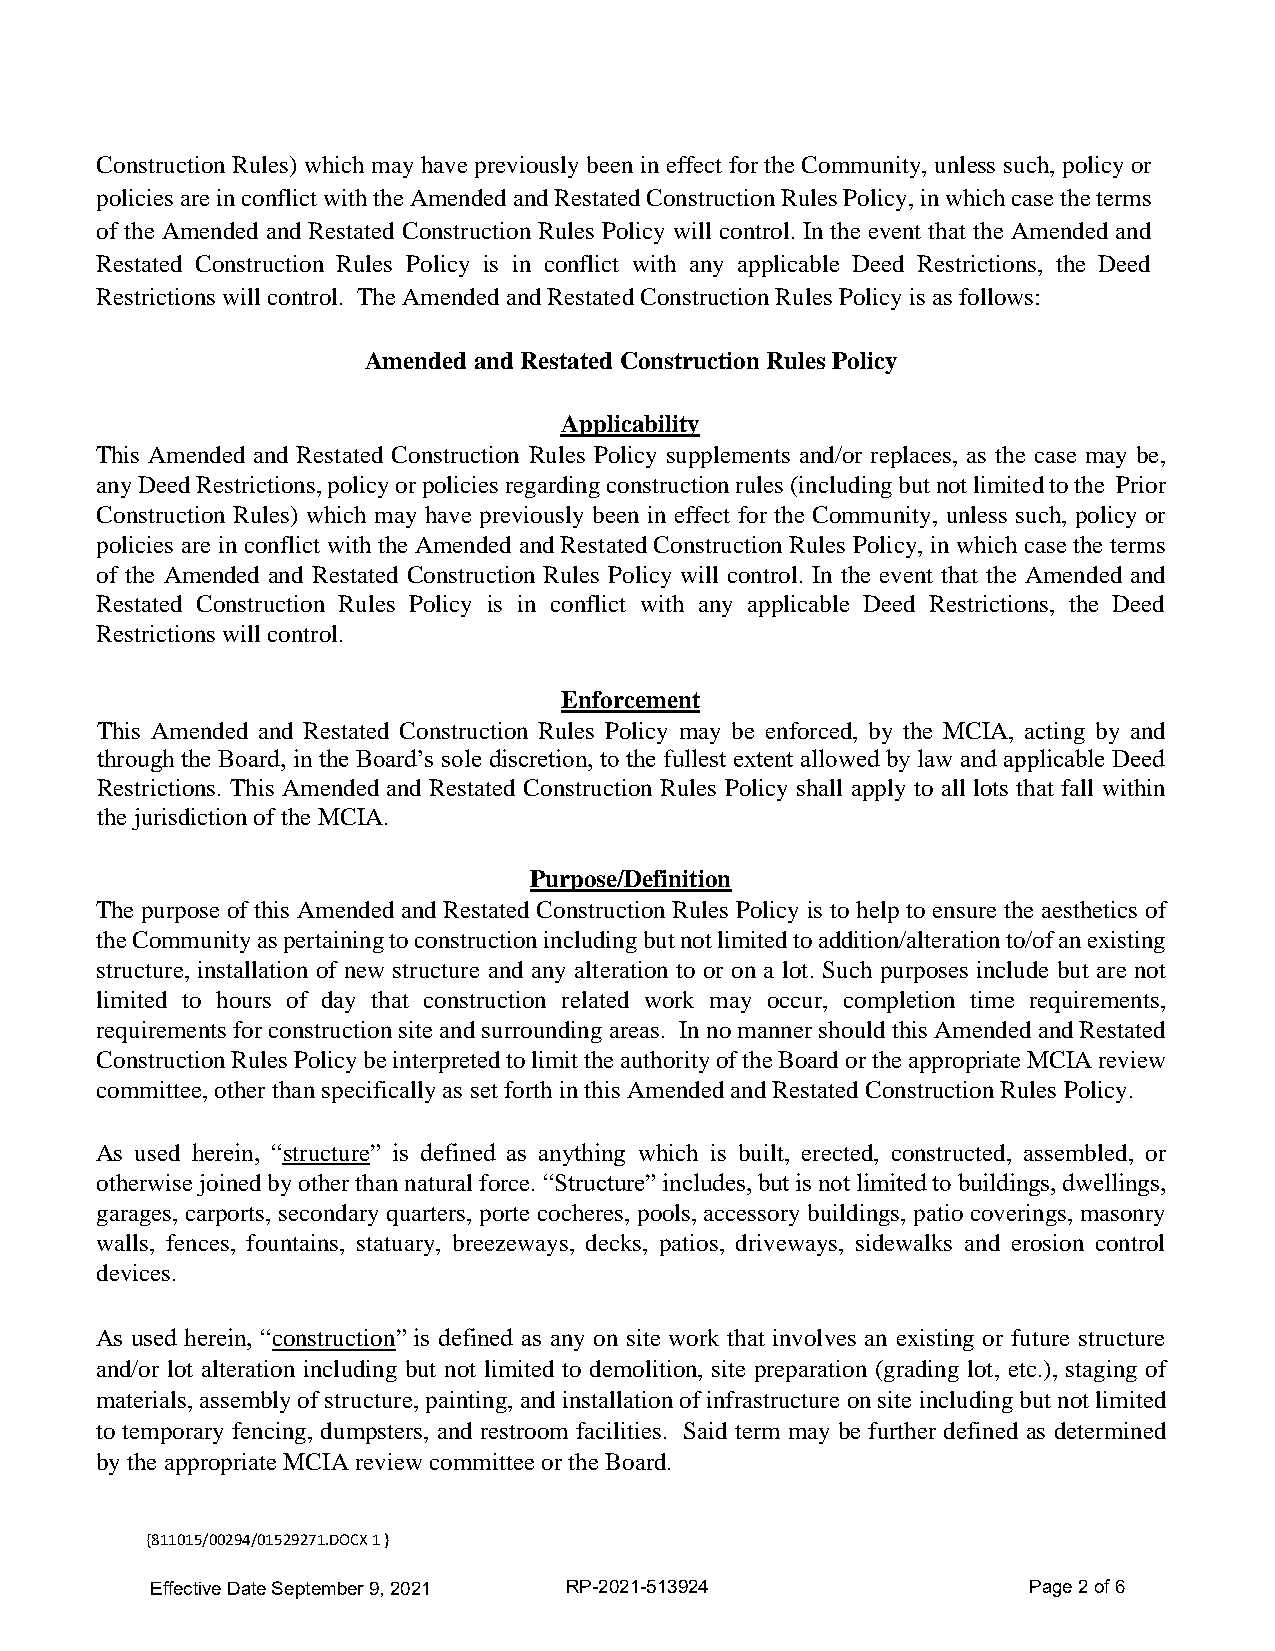
Construction Rules) which may have previously been in effect for the Community, unless such, policy or
 policies are in conflict with the Amended and Restated Construction Rules Policy, in which case the terms
 of the Amended and Restated Construction Rules Policy will control. In the event that the Amended and
 Restated Construction Rules Policy is in conflict with any applicable Deed Restrictions, the Deed
 Restrictions will control. The Amended and Restated Construction Rules Policy is as follows:
 Amended and Restated Construction Rules Policy
 Applicability
 This Amended and Restated Construction Rules Policy supplements and/or replaces, as the case may be,
 any Deed Restrictions, policy or policies regarding construction rules (including but not limited to the Prior
 Construction Rules) which may have previously been in effect for the Community, unless such, policy or
 policies are in conflict with the Amended and Restated Construction Rules Policy, in which case the terms
 of the Amended and Restated Construction Rules Policy will control. In the event that the Amended and
 Restated Construction Rules Policy is in conflict with any applicable Deed Restrictions, the Deed
 Restrictions will control.
 Enforcement
 This Amended and Restated Construction Rules Policy may be enforced, by the MCIA, acting by and
 through the Board, in the Board’s sole discretion, to the fullest extent allowed by law and applicable Deed
 Restrictions. This Amended and Restated Construction Rules Policy shall apply to all lots that fall within
 the jurisdiction of the MCIA.
 Purpose/Definition
 The purpose of this Amended and Restated Construction Rules Policy is to help to ensure the aesthetics of
 the Community as pertaining to construction including but not limited to addition/alteration to/of an existing
 structure, installation of new structure and any alteration to or on a lot. Such purposes include but are not
 limited to hours of day that construction related work may occur, completion time requirements,
 requirements for construction site and surrounding areas. In no manner should this Amended and Restated
 Construction Rules Policy be interpreted to limit the authority of the Board or the appropriate MCIA review
 committee, other than specifically as set forth in this Amended and Restated Construction Rules Policy.
 As used herein, “structure” is defined as anything which is built, erected, constructed, assembled, or
 otherwise joined by other than natural force. “Structure” includes, but is not limited to buildings, dwellings,
 garages, carports, secondary quarters, porte cocheres, pools, accessory buildings, patio coverings, masonry
 walls, fences, fountains, statuary, breezeways, decks, patios, driveways, sidewalks and erosion control
 devices.
 As used herein, “construction” is defined as any on site work that involves an existing or future structure
 and/or lot alteration including but not limited to demolition, site preparation (grading lot, etc.), staging of
 materials, assembly of structure, painting, and installation of infrastructure on site including but not limited
 to temporary fencing, dumpsters, and restroom facilities. Said term may be further defined as determined
 by the appropriate MCIA review committee or the Board.
 {811015/00294/01529271.DOCX 1 }
 Effective Date September 9, 2021 RP-2021-513924           Page 2 of 6